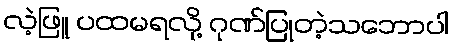
လဲ့ဖြူ ပထမရလို့ ဂုဏ်ပြုတဲ့သဘောပါ